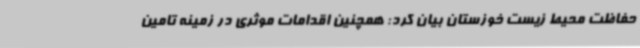
حفاظت محیط زیست خوزستان بیان کرد: همچنین اقدامات موثری در زمینه تامین